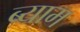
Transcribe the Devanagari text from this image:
ब्याम